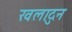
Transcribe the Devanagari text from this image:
खलादुन